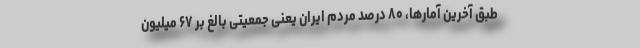
طبق آخرین آمارها، ۸۰ درصد مردم ایران یعنی جمعیتی بالغ بر ۶۷ میلیون